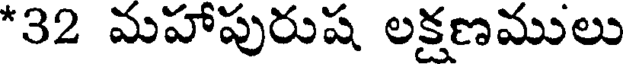
*32 మహాపురుష లక్షణములు